Civil Veterinary Department Bihar reports 1936-40 - 1936-1940
Year: 1936
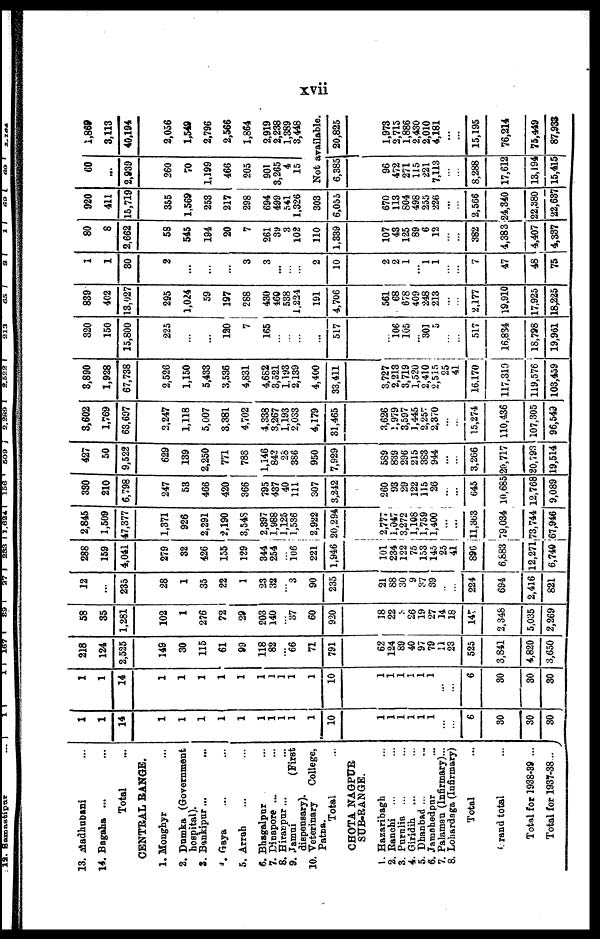
xvii
13. Madhubani ...
14. Bagaha ... ...
Total ...
CENTRAL BANGE.
1. Monghyr ...
2. Dumka (Government
hospital).
3. Bankipur... ...
4. Gaya ... ...
5. Arrah ... ...
6. Bhagalpur ...
7. Dinapore ... ...
8. Hiranpur ...
9. Jamui (First
dispensary).
10. Veterinary
College,
Patna.
Total ...
CHOTA NAGPUR
SUB-RANGE.
1. Hazaribagh ...
2. Ranchi ... ...
3. Purulia ... ...
4. Giridih ... ...
5. Dhanbad ... ...
6. Jambhedpur ...
7. Palaman (Infirmary)...
8. Lohardaga (Infirmary)
Total ...
rand total ...
Total for 1938-39 ...
Total for 1937-38...
1
1
14
1
1
1
1
1
1
1
1
1
1
10
1
1
1
1
1
...
...
6
30
30
30
1
1
14
1
1
1
1
1
1
1
1
1
10
1
1
1
1
1
...
...
6
30
30
30
218
124
2,525
149
30
115
61
99
118
82
... 66
71
791
62
124
89
40
97
79
11
23
525
3,841
4,820
3,650
58
35
1,281
102
1
276
72
29
203
140
... 37
60
920
18
22
...
26
19
27
14
18
147
2,348
5,035
2,269
12
...
235
28
1
35
22
1
23
32
... 3
90
235
21
88
30
9
37
39
...
224
694
2,416
821
288
159
4,041
279
32
426
155
129
344
254
... 106
221
1,946
101
234
122
75
153
145
25
41
896
6,883
12,271
6,740
2,845
1,509
47,377
1,371
926
2,291
2,190
3,548
2,397
1,988
1,125
1,536
2,922
20,294
2,777
1,047
3,272
1,108
1,759
1,400
... ...
11,363
79,034
73,744
67,946
330
210
6,798
247
53
466
420
366
795
437
40
111
307
3,242
260
93
29
122
115
26
...
...
645
10,685
12,768
9,089
427
50
9,522
629
139
2,250
771
788
1,146
842
28
386
950
7,929
589
839
296
215
383
944
...
...
3,266
20,717
20,793
19,514
3,602
1,769
63,697
2,247
1,118
5,007
3,381
4,702
4,338
3,267
1,193
2,033
4,179
31,465
3,626
1,979
3,597
1,445
2,257
2,370
...
...
15,274
110,436
107,305
96,549
3,890
1,928
67,738
2,526
1,150
5,433
3,536
4,831
4,682
3,521
1,193
2,139
4,400
33,411
3,727
2,213
3,719
1,520
2,410
2,515
25
41
16,170
117,310
119,576
103,459
320
150
15,800
225
...
...
120
7
165
...
...
...
...
517
106
105
301
5
...
...
517
16,834
18,798
19,961
839
402
13,027
295
1,024
59
197
288
430
460
538
1,224
191
4,706
561
68
678
409
248
213
...
...
2,177
19,910
17,925
18,225
1
1
30
2
...
...
...
3
3
...
...
2
10
2
2
1
1
1
...
...
7
47
48
75
80
8
2,662
58
545
194
20
7
261
39
3
102
110
1,339
107
43
125
89
6
12
...
...
382
4,383
4,407
4,337
920
411
15,719
355
1,569
253
217
298
694
499
541
1,326
303
6,055
670
113
804
498
255
226
...
...
2,566
24,340
22,380
22,637
60
...
2,939
260
70
1,199
466
205
901
3,265
4
15
1,869
3,113
40,194
2,056
1,549
2,796
2,566
1,864
2,919
2,238
1,389
3,448
Not available.
6,385
96
472
271
115
221
7,113
...
...
8,288
17,612
13,194
15,415
20,825
1,973
2,715
1,886
2,430
2,010
4,181
...
...
15,195
76,214
75,449
87,933